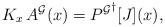
LaTeX: \begin{align*}K_x \, A^{\cal G}(x) = {P^{\cal G}}^\dagger[J](x),\end{align*}